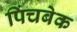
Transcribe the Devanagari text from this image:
पिंचबेक